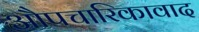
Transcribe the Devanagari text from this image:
औपचारिकावाद